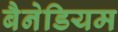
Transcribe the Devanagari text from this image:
बैनेडियम